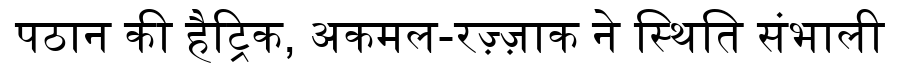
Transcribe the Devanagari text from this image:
पठान की हैट्रिक, अकमल-रज़्ज़ाक ने स्थिति संभाली